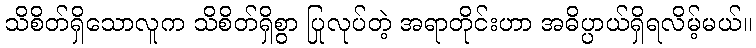
သိစိတ်ရှိသောလူက သိစိတ်ရှိစွာ ပြုလုပ်တဲ့ အရာတိုင်းဟာ အဓိပ္ပာယ်ရှိရလိမ့်မယ်။